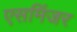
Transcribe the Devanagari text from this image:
एसमिंजर